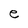
Character: e